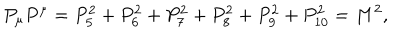
P _ { \mu } P ^ { \mu } = P _ { 5 } ^ { 2 } + P _ { 6 } ^ { 2 } + P _ { 7 } ^ { 2 } + P _ { 8 } ^ { 2 } + P _ { 9 } ^ { 2 } + P _ { 1 0 } ^ { 2 } = M ^ { 2 } ,